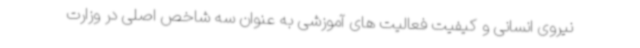
نیروی انسانی و کیفیت فعالیت های آموزشی به عنوان سه شاخص اصلی در وزارت